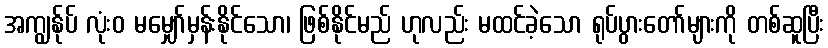
အကျွန်ုပ် လုံးဝ မမျှော်မှန်းနိုင်သော၊ ဖြစ်နိုင်မည် ဟုလည်း မထင်ခဲ့သော ရုပ်ပွားတော်များကို တစ်ဆူပြီး